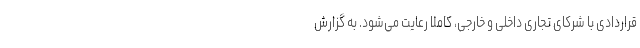
قراردادی با شرکای تجاری داخلی و خارجی، کاملا رعایت می‌شود. به گزارش